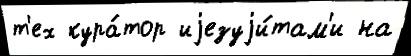
т'ех кура́тор иjезуjи́там'и на